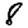
Digit: 8